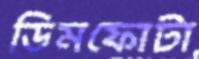
ডিমফোটা